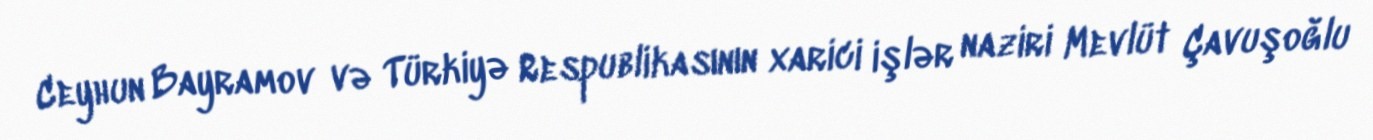
Ceyhun Bayramov və Türkiyə Respublikasının xarici işlər naziri Mevlüt Çavuşoğlu